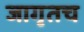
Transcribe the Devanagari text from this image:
जागृतच